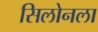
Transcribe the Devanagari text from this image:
सिलोनला